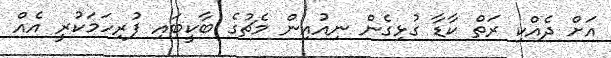
އަށް ދެއްކި ރަތް ކާޑާ ގުޅިގެން ނިއުއިން މެޗުގެ ބާކީބައި ފުރިހަމަކުރީ އެއް